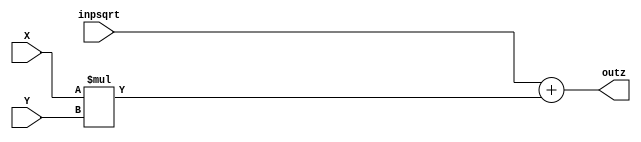

`timescale 1ns / 1ps

module calculus2(
    input [31:0] X,
    input [31:0] Y,
    input [23:0] inpsqrt,
    output reg [31:0] outz 

    );

    always@(*) begin
        outz = (inpsqrt + (X*Y));
    end
endmodule